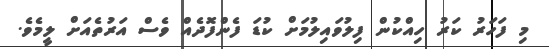
މި ފަހަރު ކަރު ހިއްކުން ފިލުވައިލުމަށް ކުޑަ ފެންފޮދެއް ވެސް އަރުތެއަށް ލީމެވެ.